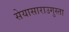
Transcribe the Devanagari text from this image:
सेयासाराउगुस्ता